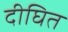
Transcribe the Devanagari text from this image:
दीघित